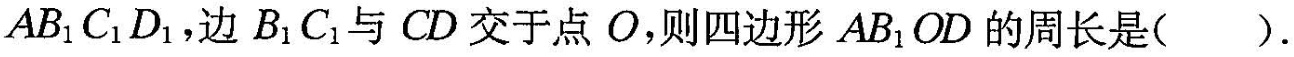
AB_{1}C_{1}D_{1}，边B_{1}C_{1}与CD交于点O，则四边形AB_{1}OD的周长是（）.